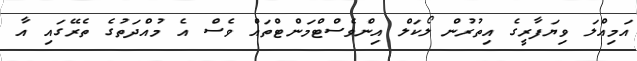
އަމިއްލަ ވިޔަފާރީގެ އިތުރުން ލޯކަލް އިންވެސްޓްމަންޓްތައް ވެސް އެ މުއްދަތުގެ ތެރޭގައި އާ